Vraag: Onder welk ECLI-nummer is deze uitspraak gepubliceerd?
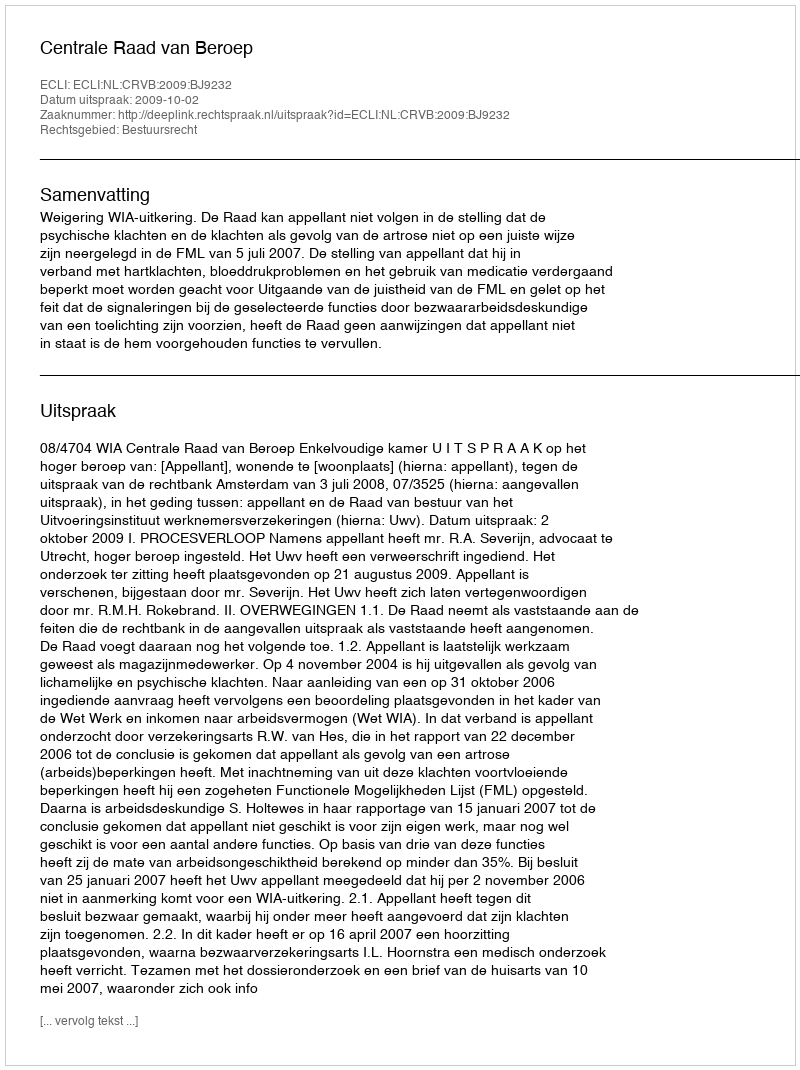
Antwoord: ECLI:NL:CRVB:2009:BJ9232